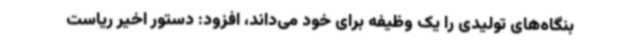
بنگاه‌های تولیدی را یک وظیفه برای خود می‌داند، افزود: دستور اخیر ریاست